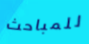
للمباحث